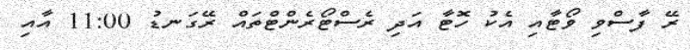
ރޭ ފާސްވި ވޯޓާއި އެކު ހޮޓާ އަދި ރެސްޓޯރެންޓްތައް ރޭގަނޑު 11:00 އާއި